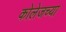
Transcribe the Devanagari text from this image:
कोलेजच्या